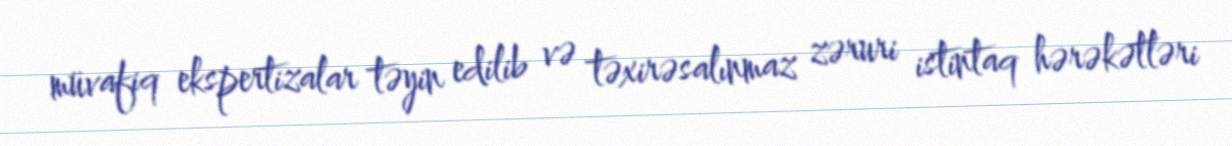
müvafiq ekspertizalar təyin edilib və təxirəsalınmaz zəruri istintaq hərəkətləri